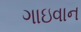
ગાઇવાન